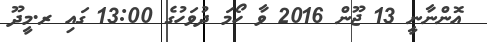
އޮންނާނީ 13 ޖޫން 2016 ވާ ހޯމަ ދުވަހުގެ 13:00 ގައި ރ.މީދޫ